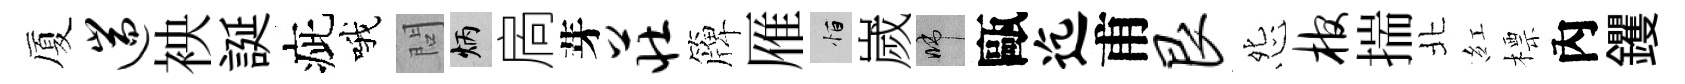
厦遄䘧誕疵哦問炳扄芽庄簰雁恒嵗啼甌迄甫艮怨棺揣北紅標內钁